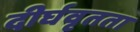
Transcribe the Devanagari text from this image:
दीर्घवृतता